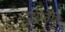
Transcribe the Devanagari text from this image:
दृष्टीनेहि